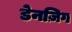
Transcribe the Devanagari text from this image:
डेनज़िग